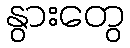
နွားတွေ